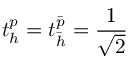
t _ { h } ^ { p } = t _ { \bar { h } } ^ { \bar { p } } = \frac { 1 } { \sqrt { 2 } }